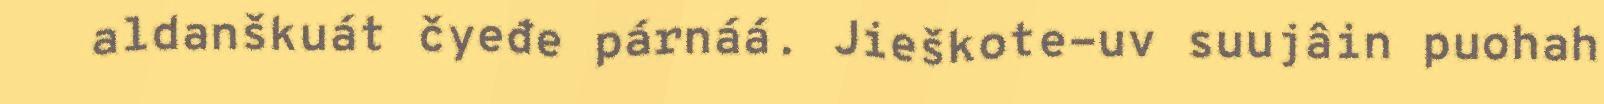
aldanškuát čyeđe párnáá. Jieškote-uv suujâin puohah